Burma Government Medical School reports 1923-41
Year: 1923
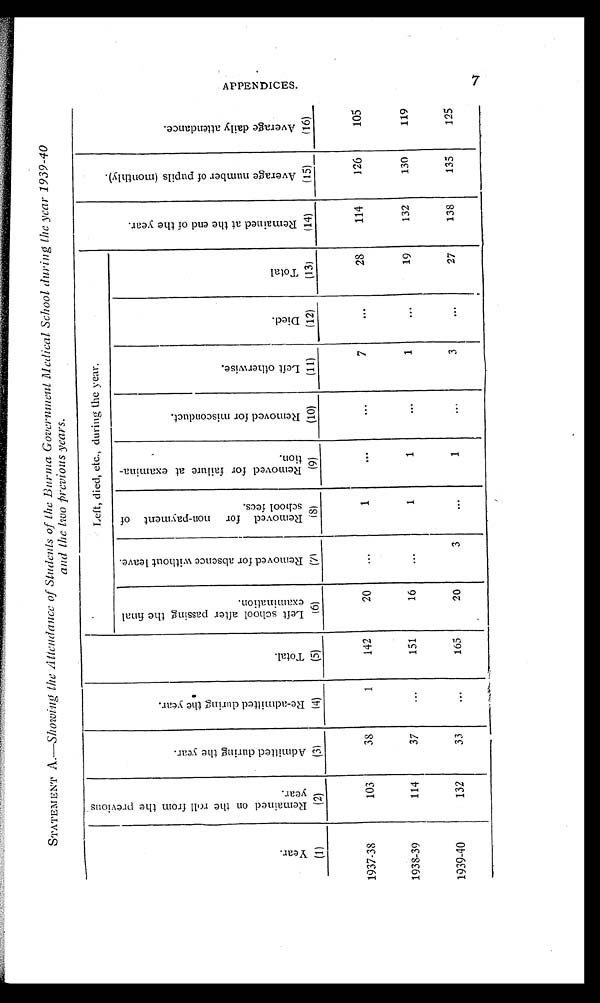
STATEMENT A .—Showing the Attendance of Students of the Burma Government Medical School during the year 1939-40
and the two previous years.
Y e a r .
R e m a i n e d o n t h e r o l l f r o m t h e p r e v i o u s y e a r .
A d m i t t e d d u r i n g t h e y e a r .
R e - a d m i t t e d d u r i n g t h e y e a r .
T o t a l .
Left, died, etc., during the year.
R e m a i n e d a t t h e e n d o f t h e y e a r .
A v e r a g e n u m b e r o f p u p i l s ( m o n t h l y ) .
A v e r a g e d a i l y a t t e n d a n c e .
L e f t s c h o o l a f t e r p a s s i n g t h e f i n a l e x a m i n a t i o n .
R e m o v e d f o r a b s e n c e w i t h o u t l e a v e .
R e m o v e d f o r n o n - p a y m e n t o f s c h o o l f e e s .
R e m o v e d f o r f a i l u r e a t e x a m i n a t i o n .
R e m o v e d f o r m i s c o n d u c t .
L e f t o t h e r w i s e .
D i e d .
T o t a l
( 1 )
(2)
(3)
(4)
(5)
(6)
(7)
(8)
(9)
(10)
(11)
(12)
(13)
(14)
(15)
(16)
1937-38
103
38
1
142
20
. . .
1
. . .
. . .
7
. . .
28
114
126
105
1938-39
114
37
. . . 151
16
. . .
1
1
. . .
1
. . .
19
132
130
119
1939-40
132
33
. . .
165
20
3
. . .
1
. . .
3
. . .
27
138
135
125